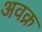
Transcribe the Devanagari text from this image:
अवक्र